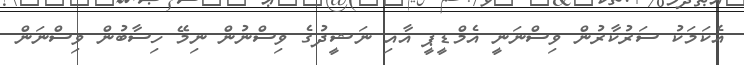
އެކަމަކު ސަރުކާރުން ވިސްނަނީ އެމްޑީޕީ އާއި ނަޝީދުގެ ވިސްނުން ނިމޭ ހިސާބުން ވިސްނަން